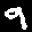
Label: 9